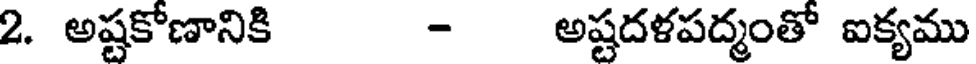
2. అష్టకోణానికి - అష్టదళపద్మంతో ఐక్యము